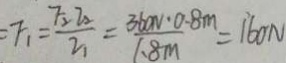
= F _ { 1 } = \frac { F _ { 2 } z _ { 2 } } { z _ { 1 } } = \frac { 3 6 0 N \cdot 0 . 8 m } { 1 . 8 m } = 1 6 0 N